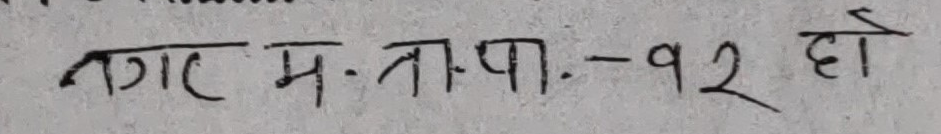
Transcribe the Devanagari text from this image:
नगर म.न.पा.-१२ दो